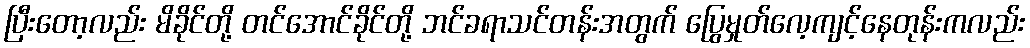
ပြီးတော့လည်း မိခိုင်တို့ တင်အောင်ခိုင်တို့ ဘင်ခရာသင်တန်းအတွက် ပြွေမှုတ်လေ့ကျင့်နေတုန်းကလည်း